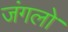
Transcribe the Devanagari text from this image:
जंगलोॱ